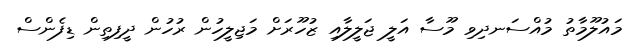
މައުލޫމާތު މުއްސަނދިވި މޫސާ އަލީ ޖަލީލާއި ޒުހޫރަށް މަޖިލީހުން ރުހުން ދީފިތިން ޑިފެންސް